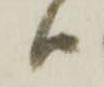
ハ